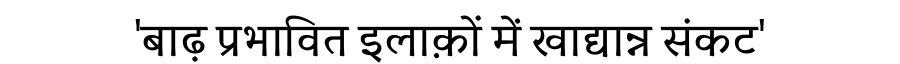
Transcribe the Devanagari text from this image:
'बाढ़ प्रभावित इलाक़ों में खाद्यान्न संकट'